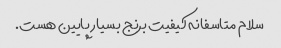
سلام متاسفانه کیفیت برنج بسیار پایین هست.